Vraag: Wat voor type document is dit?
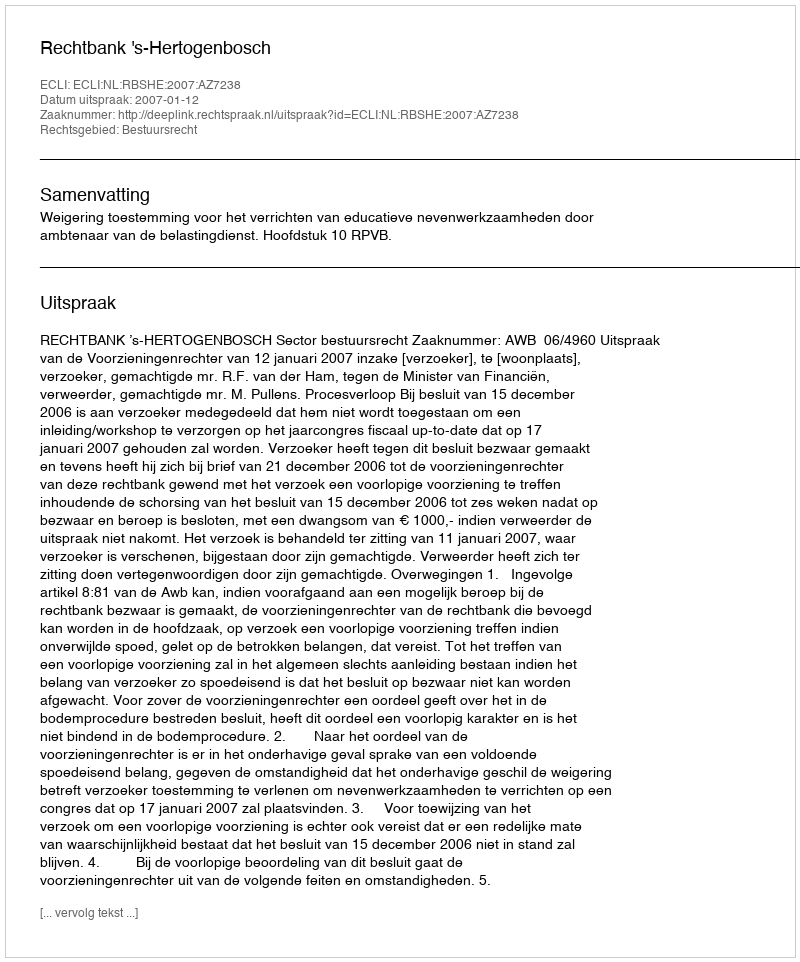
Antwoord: Uitspraak